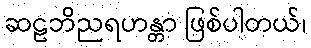
ဆဠဘိညရဟန္တာ ဖြစ်ပါတယ်၊